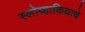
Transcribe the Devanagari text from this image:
स्लोव्हाकियाचे